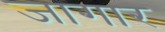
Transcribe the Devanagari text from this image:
जागार